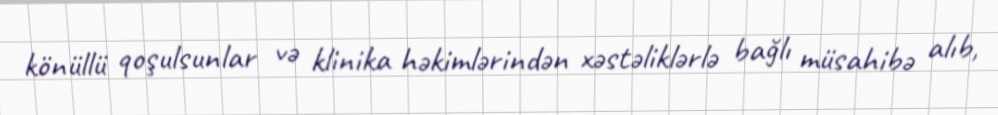
könüllü qoşulsunlar və klinika həkimlərindən xəstəliklərlə bağlı müsahibə alıb,